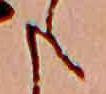
た